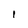
Character: l